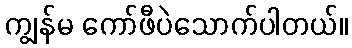
ကျွန်မ ကော်ဖီပဲသောက်ပါတယ်။